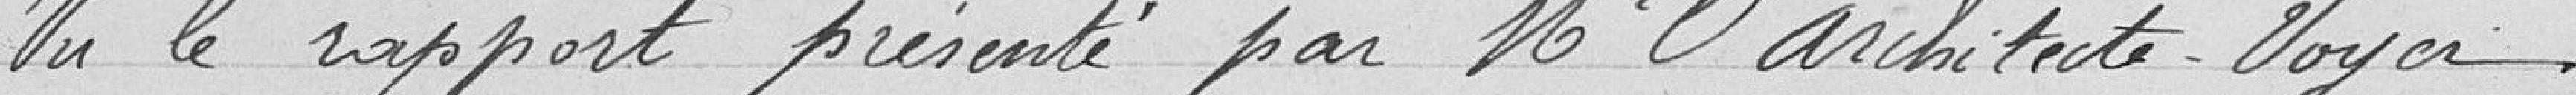
Vu le rapport présenté par Monsieur l'architecte Voyer